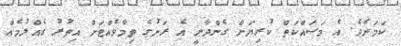
ކަމަށެވެ. އެ މަސައްކަތް ކުރިޔަށް ގެންދާނީ އެ ރަށުގެ ތިމާވެއްޓަށް އިތުރު ގެއްލުމެއް